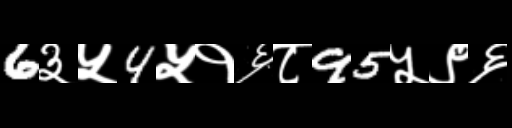
Text: 6३५4५१६८95५९६